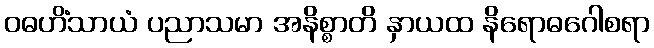
ဝဓဟိံသာယံ ပညာသမာ အနိစ္စာတိ နှာယထ နိရောဓဂေါစရာ